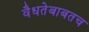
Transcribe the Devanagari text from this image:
वैधतेबाबतच